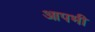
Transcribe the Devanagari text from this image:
आपभी